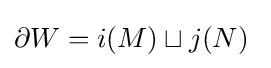
\partial W=i(M)\sqcup j(N)~